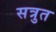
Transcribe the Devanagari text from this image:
सत्रुत